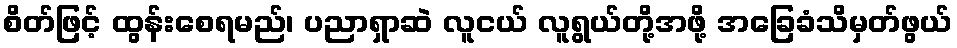
စိတ်ဖြင့် ထွန်းစေရမည်၊ ပညာရှာဆဲ လူငယ် လူရွယ်တို့အဖို့ အခြေခံသိမှတ်ဖွယ်